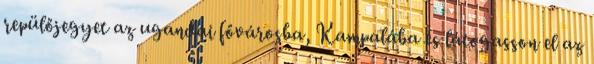
repülőjegyet az ugandai fővárosba, Kampalába és látogasson el az